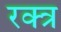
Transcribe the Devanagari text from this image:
रक्त्र